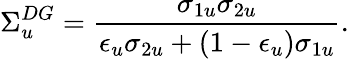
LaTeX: \Sigma_{u}^{DG}=\frac{\sigma_{1u}\sigma_{2u}}{\epsilon_{u}\sigma_{2u}+(1-\epsilon_{u})\sigma_{1u}}.